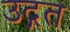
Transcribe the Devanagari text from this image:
उद्गत